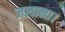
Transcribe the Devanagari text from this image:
जलाना।